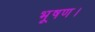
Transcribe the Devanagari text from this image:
भूषण।